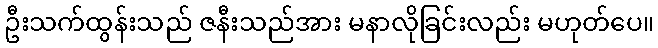
ဦးသက်ထွန်းသည် ဇနီးသည်အား မနာလိုခြင်းလည်း မဟုတ်ပေ။